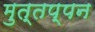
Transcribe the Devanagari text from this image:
मुत्तप्पन